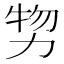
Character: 𠡵